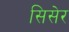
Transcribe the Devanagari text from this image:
सिसेर